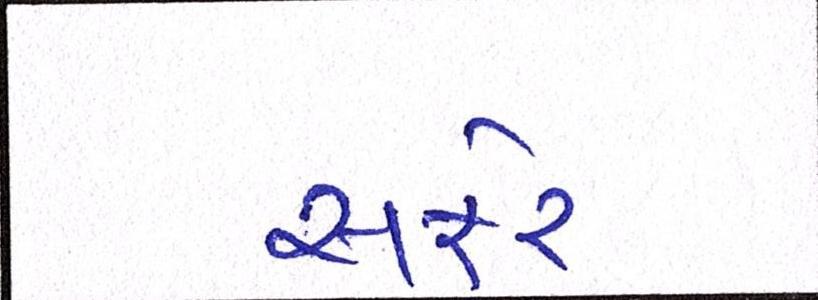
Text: અફેર